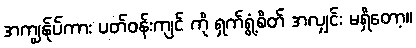
အကျွန်ုပ်ကား ပတ်ဝန်းကျင် ကို ရှက်ရွံ့စိတ် အလျှင်း မရှိတော့။